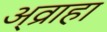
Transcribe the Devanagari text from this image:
अ्व्राहा